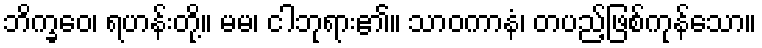
ဘိက္ခဝေ၊ ရဟန်းတို့။ မမ၊ ငါဘုရား၏။ သာဝကာနံ၊ တပည့်ဖြစ်ကုန်သော။